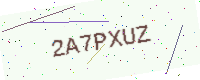
Text: 2A7PXUZ